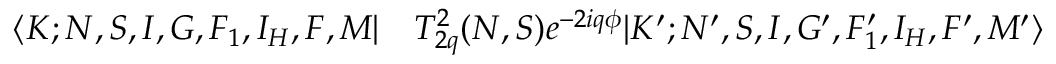
\begin{array} { r l } { \langle K ; N , S , I , G , F _ { 1 } , I _ { H } , F , M | } & { { } T _ { 2 q } ^ { 2 } ( N , S ) e ^ { - 2 i q \phi } | K ^ { \prime } ; N ^ { \prime } , S , I , G ^ { \prime } , F _ { 1 } ^ { \prime } , I _ { H } , F ^ { \prime } , M ^ { \prime } \rangle } \end{array}